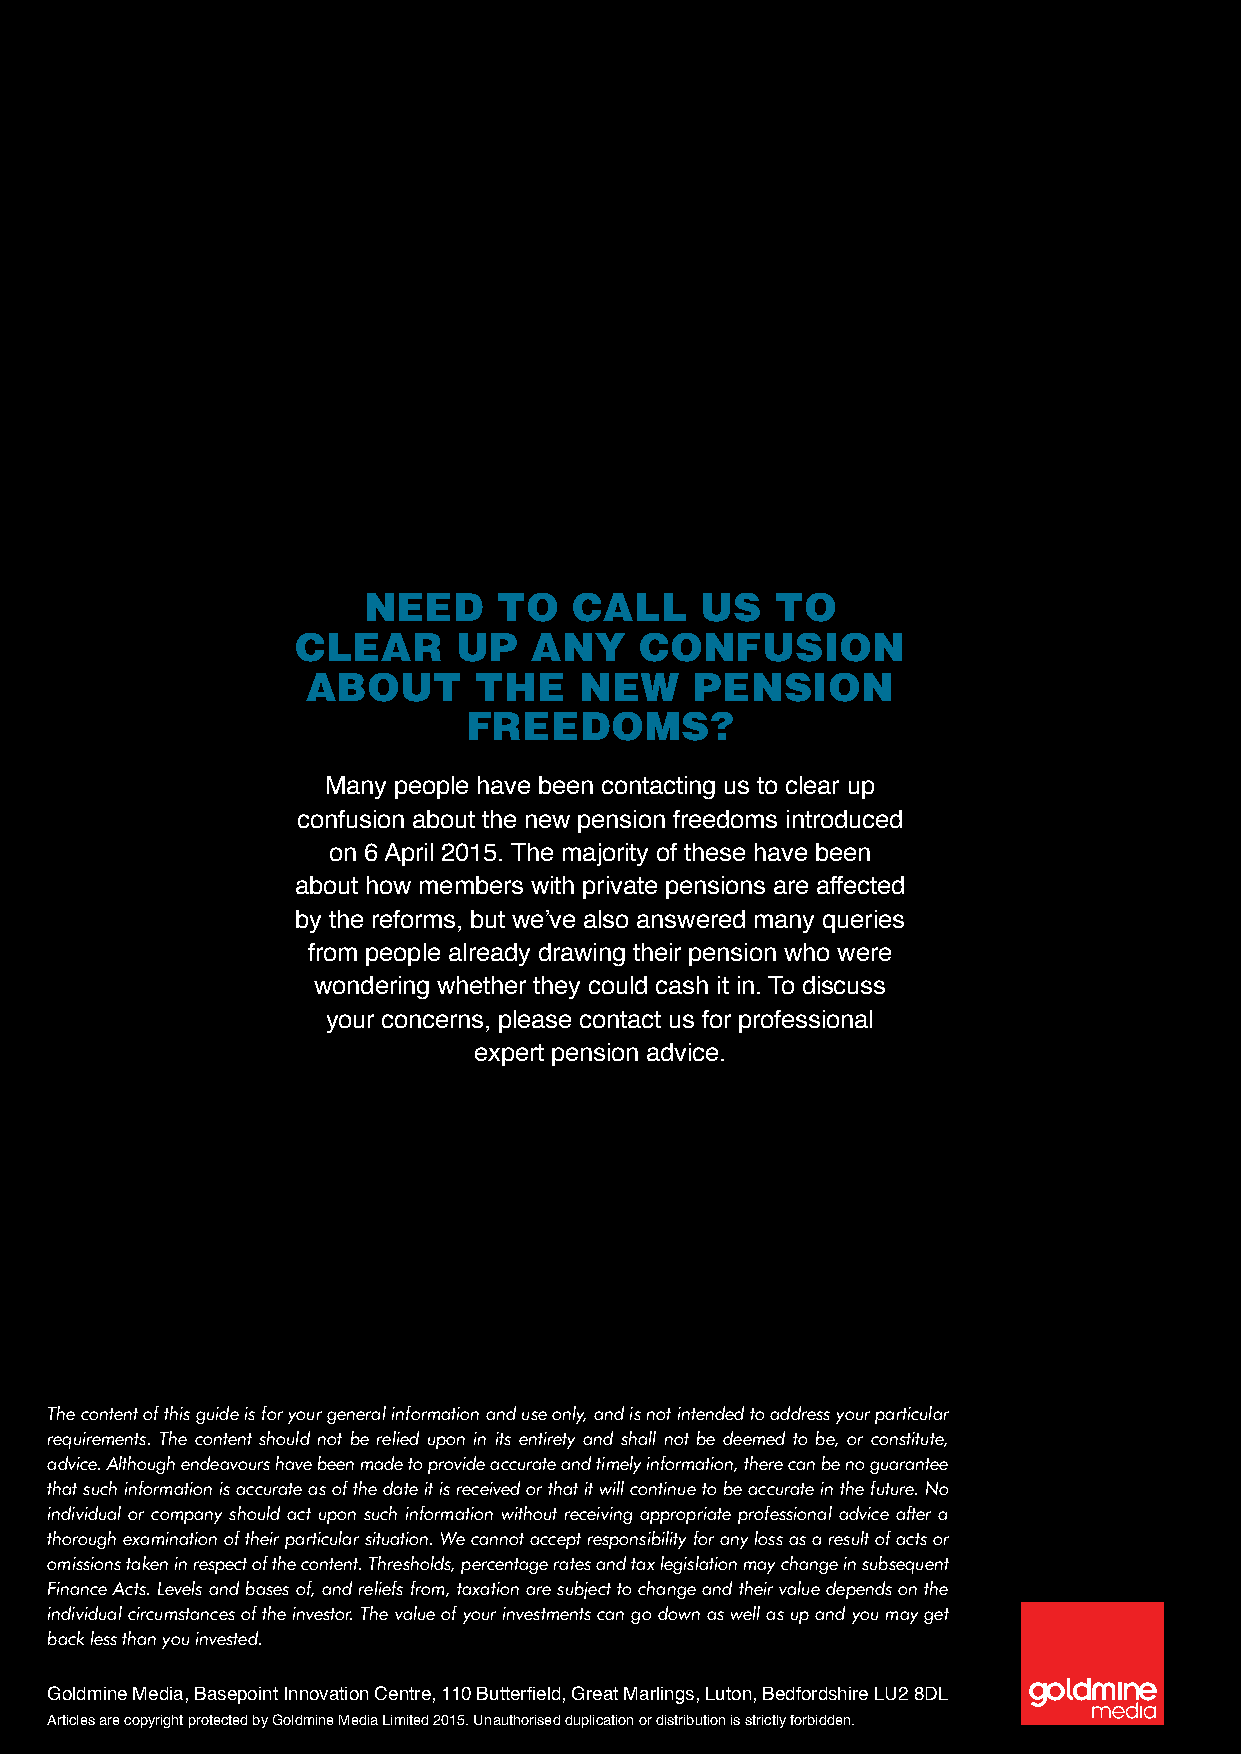
Need     to   call    us   to
 clear     up   aNy    coNfusioN
 about      the    New     peNsioN
 freedoms?
 Many people have been contacting us to clear up
 confusion about the new pension freedoms introduced
 on 6 April 2015. The majority of these have been
 about how members with private pensions are affected
 by the reforms, but we’ve also answered many queries
 from people already drawing their pension who were
 wondering whether they could cash it in. To discuss
 your concerns, please contact us for professional
 expert pension advice.
 The content of this guide is for your general information and use only, and is not intended to address your particular
 requirements. The content should not be relied upon in its entirety and shall not be deemed to be, or constitute,
 advice. Although endeavours have been made to provide accurate and timely information, there can be no guarantee
 that such information is accurate as of the date it is received or that it will continue to be accurate in the future. No
 individual or company should act upon such information without receiving appropriate professional advice after a
 thorough examination of their particular situation. We cannot accept responsibility for any loss as a result of acts or
 omissions taken in respect of the content. Thresholds, percentage rates and tax legislation may change in subsequent
 Finance Acts. Levels and bases of, and reliefs from, taxation are subject to change and their value depends on the
 individual circumstances of the investor. The value of your investments can go down as well as up and you may get
 back less than you invested.
 Goldmine Media, Basepoint Innovation Centre, 110 Butterfield, Great Marlings, Luton, Bedfordshire LU2 8DL
 Articles are copyright protected by Goldmine Media Limited 2015. Unauthorised duplication or distribution is strictly forbidden.